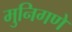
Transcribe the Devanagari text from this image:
मुनिगणे